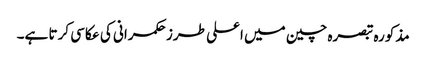
مذکورہ تبصرہ چین میں اعلی طرز حکمرانی کی عکاسی کرتا ہے۔